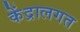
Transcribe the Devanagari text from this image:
केंद्रालगत